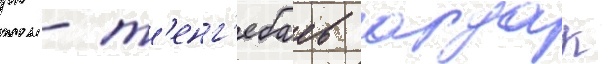
рк - т'енг'ебаев ардак